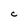
Character: c